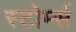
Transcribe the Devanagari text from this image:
स्टोर्म्स